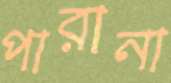
পারানা